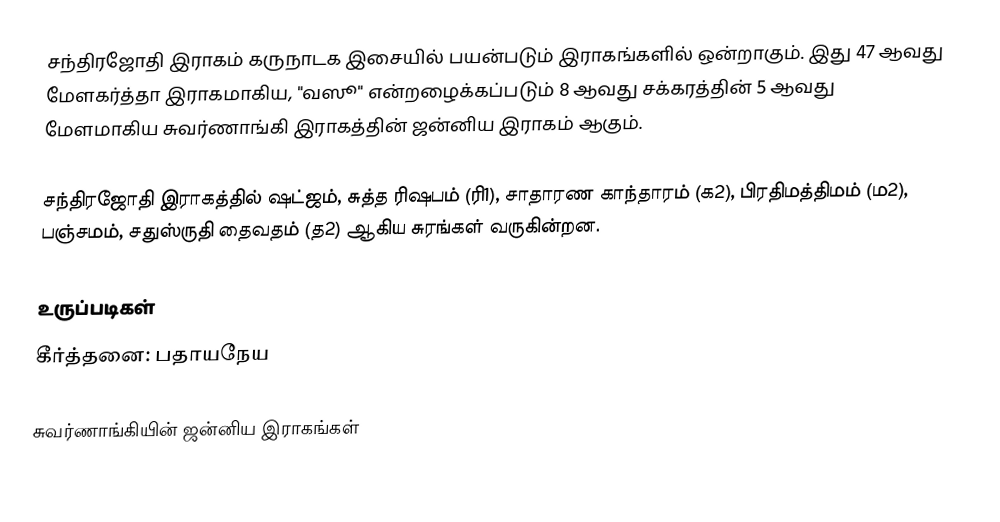
சந்திரஜோதி இராகம் கருநாடக இசையில் பயன்படும் இராகங்களில் ஒன்றாகும். இது 47 ஆவது மேளகர்த்தா இராகமாகிய, "வஸூ" என்றழைக்கப்படும் 8 ஆவது சக்கரத்தின் 5 ஆவது மேளமாகிய சுவர்ணாங்கி இராகத்தின் ஜன்னிய இராகம் ஆகும்.

சந்திரஜோதி இராகத்தில் ஷட்ஜம், சுத்த ரிஷபம் (ரி1),  சாதாரண காந்தாரம் (க2), பிரதிமத்திமம் (ம2), பஞ்சமம், சதுஸ்ருதி தைவதம் (த2) ஆகிய சுரங்கள் வருகின்றன.

உருப்படிகள்
 கீர்த்தனை: பதாயநேய

சுவர்ணாங்கியின் ஜன்னிய இராகங்கள்